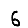
Digit: 6